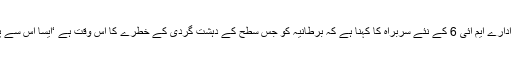
برطانیہ کی حساس ادارے ایم آئی 6 کے نئے سربراہ کا کہنا ہے کہ برطانیہ کو جس سطح کے دہشت گردی کے خطرے کا اس وقت ہے ‘ایسا اس سے پہلے کبھی نہیں تھا۔